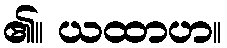
၏။ ယထာဟ။